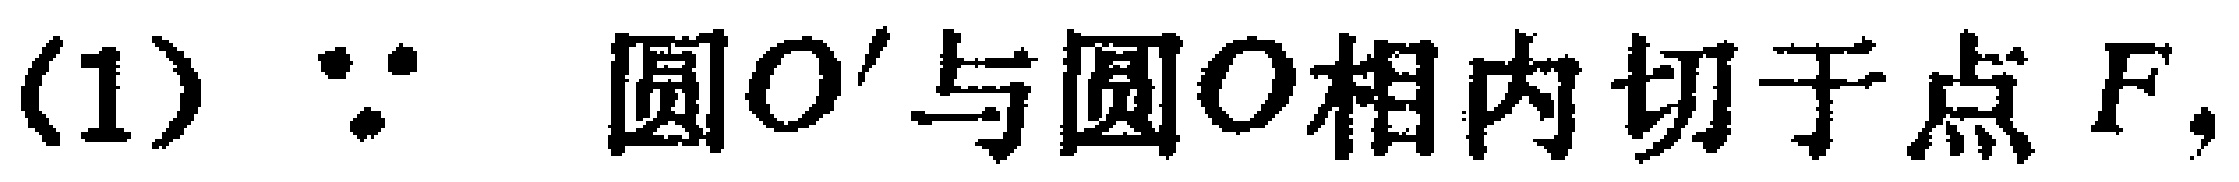
(1) $\because$ 圆$O'$与圆$O$相内切于点$F,$